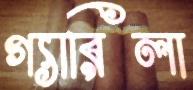
গ্যারিলা